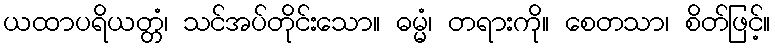
ယထာပရိယတ္တံ၊ သင်အပ်တိုင်းသော။ ဓမ္မံ၊ တရားကို။ စေတသာ၊ စိတ်ဖြင့်။